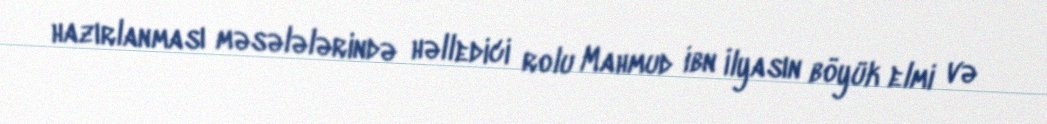
hazırlanması məsələlərində həlledici rolu Mahmud ibn İlyasın böyük elmi və